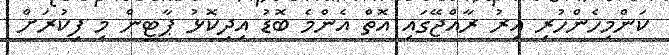
ކަންމިހެންހުރި އިރު ރާއްޖޭގައި އޮތް އެންމެ ބޮޑު އިދިކޮޅު ޕާޓީން މި ފިކުރަށް